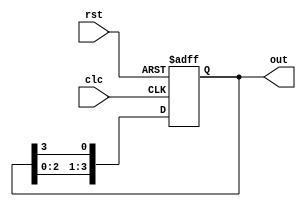
`timescale 1ns / 1ps



module ring_counter(out,clc,rst);
output reg [3:0]out;
input clc,rst;
always@(posedge clc or posedge rst)
begin
if (rst)
out=4'b1000;
else
begin
        out[3]<=out[2];
  		out[2]<=out[1];
  		out[1]<=out[0];
   		out[0]<=(out[3]);
   		end
   end		
endmodule